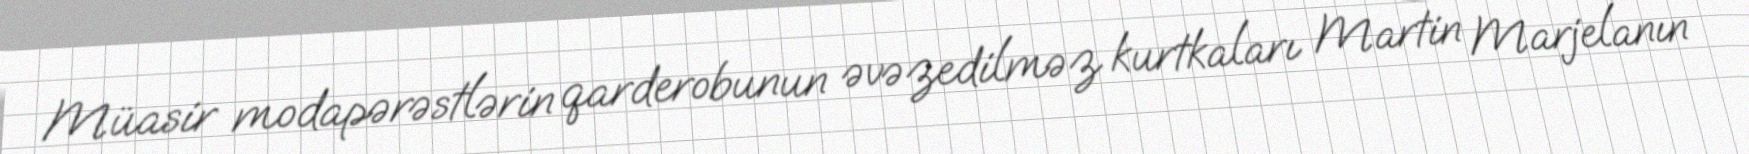
Müasir modapərəstlərin qarderobunun əvəzedilməz kurtkaları Martin Marjelanın